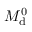
M _ { \mathrm { d } } ^ { 0 }